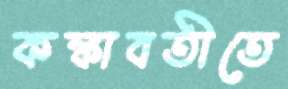
কঙ্কাবতীতে